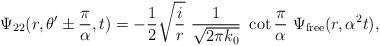
LaTeX: \begin{align*}\Psi_{22}(r,\theta'\pm{\pi\over\alpha},t)=-{1\over 2}\sqrt{{i \over r}}\,\,{1\over\sqrt{2\pi k_0}}\,\,\cot{\pi\over\alpha}\,\,\Psi_{{\rm{free}}}(r,\alpha^2 t),\end{align*}